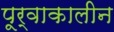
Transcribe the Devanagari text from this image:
पूर्वाकालीन